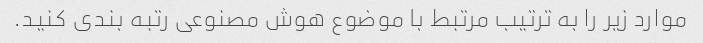
موارد زیر را به ترتیب مرتبط با موضوع هوش مصنوعی رتبه بندی کنید.